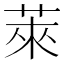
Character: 萊